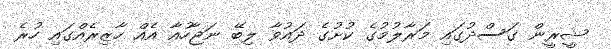
ޝީރީން ގަސްދުގައި މަރާލުމުގެ ކުށުގެ ދައުވާ ލިބޭ ނަޖާހުއާ އެއް ހާޒިރެއްގައި ހުރެ